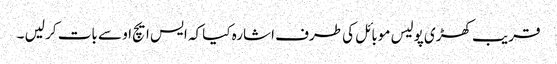
قریب کھڑی پولیس موبائل کی طرف اشارہ کیا کہ ایس ایچ او سے بات کر لیں ۔